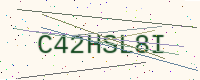
Text: C42HSL8I